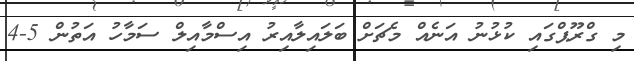
މި ގްރޫޕްގައި ކުޅުނު އަނެއް މެޗަށް ބަލައިލާއިރު އިސްމާއިލް ސަމާހު އަތުން 5-4